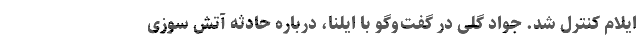
ایلام کنترل شد. جواد گلی در گفت‌وگو با ایلنا، درباره حادثه آتش سوزی